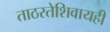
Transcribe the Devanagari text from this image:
ताठरतेशिवायही